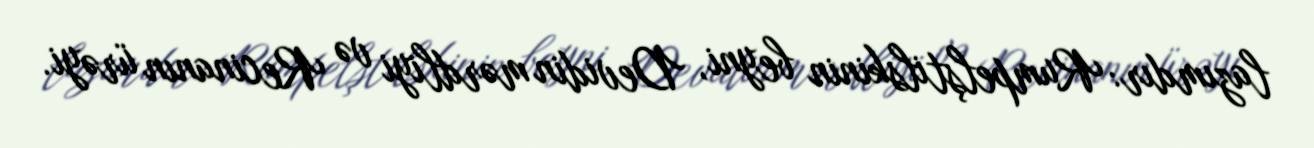
lazımdır: Rumpelştilskinin beyni, Devidin mərdliyi və Recinanın ürəyi.